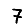
Digit: 7